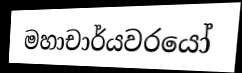
මහාචාර්යවරයෝ